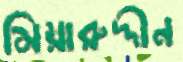
মিয়ারুদ্দীন